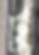
টু